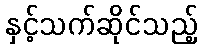
နှင့်သက်ဆိုင်သည့်